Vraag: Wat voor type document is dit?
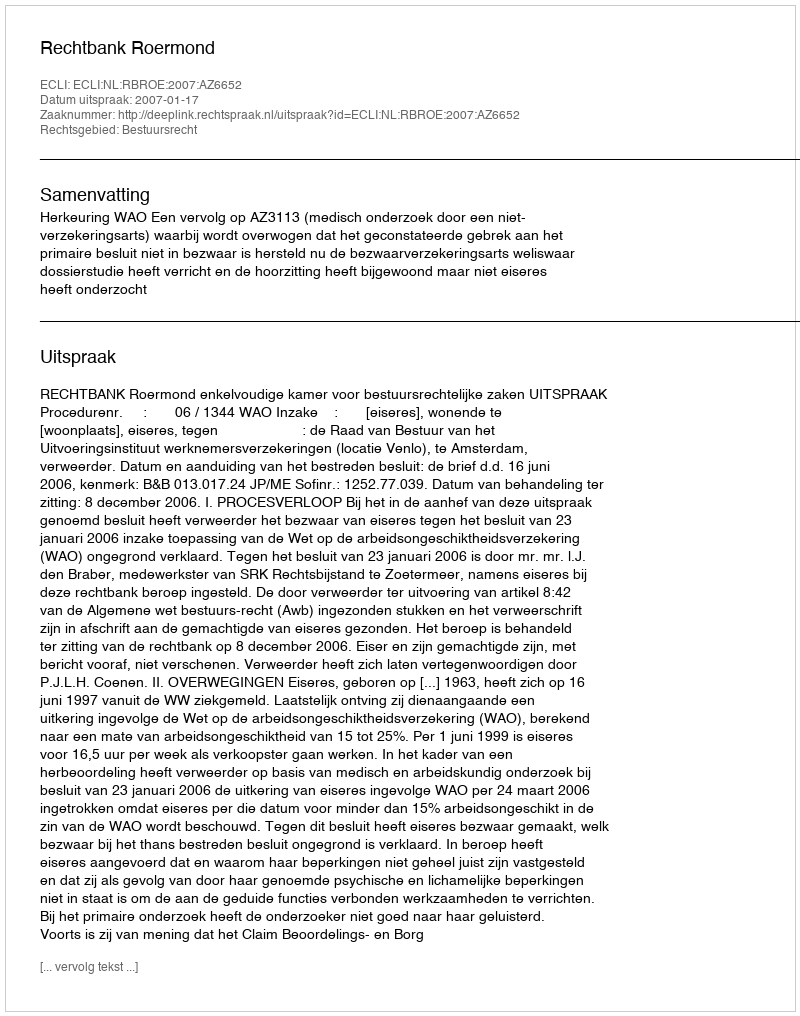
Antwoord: Uitspraak